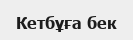
Кетбұға бек